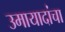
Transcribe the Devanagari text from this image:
उमायादांचा